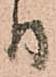
日